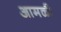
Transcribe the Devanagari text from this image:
आमळी